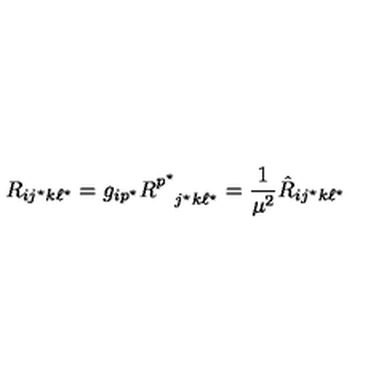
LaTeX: R _ { i j ^ { \star } k \ell ^ { \star } } = g _ { i p ^ { \star } } R _ { \phantom { p ^ { \star } } j ^ { \star } k \ell ^ { \star } } ^ { p ^ { \star } } = { \frac { 1 } { \mu ^ { 2 } } } { \hat { R } } _ { i j ^ { \star } k \ell ^ { \star } }